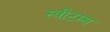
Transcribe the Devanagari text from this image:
स्वीटम्स